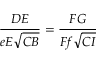
{ \frac { D E } { e E { \sqrt { C B } } } } = { \frac { F G } { F f { \sqrt { C I } } } }